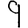
Digit: 9